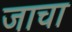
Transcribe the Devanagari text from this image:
जाचा